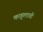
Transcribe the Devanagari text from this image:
काहूलावी